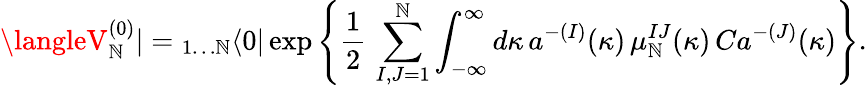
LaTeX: \langleV_{\mathbb{N}}^{(0)}|={}_{1\dots\mathbb{N}}\langle0|\exp\left\{ \frac{{1}}{{2}}\, \sum_{I,J=1}^{\mathbb{N}}\int_{-\infty}^{\infty}d\kappa\, a^{-(I)}(\kappa)\, \mu_{\mathbb{N}}^{IJ}(\kappa)\, Ca^{-(J)}(\kappa)\right\} .